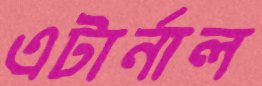
এটার্নাল